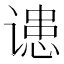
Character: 䜨